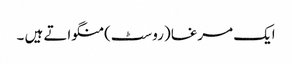
ایک مرغا (روسٹ) منگواتے ہیں ۔